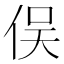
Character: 俣